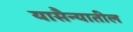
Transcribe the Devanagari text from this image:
यासैन्यातील